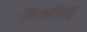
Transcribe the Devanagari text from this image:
नित्यसिद्ध